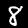
Label: 8